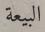
البيعة